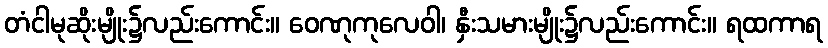
တံငါမုဆိုးမျိုး၌လည်းကောင်း။ ဝေဏုကုလေဝါ၊ နှီးသမားမျိုး၌လည်းကောင်း။ ရထကာရ